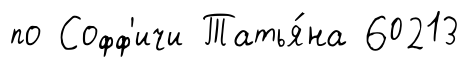
по Софф'ичи Татья́на 60213